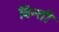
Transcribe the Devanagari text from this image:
बिन्ती